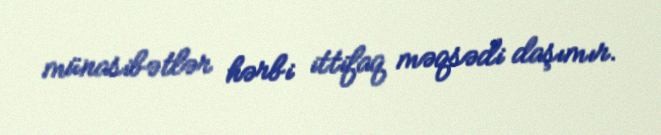
münasibətlər hərbi ittifaq məqsədi daşımır.